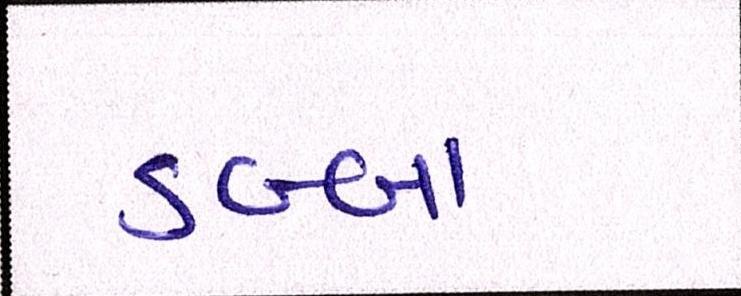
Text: ડબ્બા